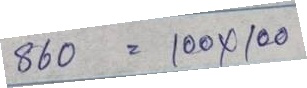
860 = 100 x 100